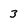
Character: 3